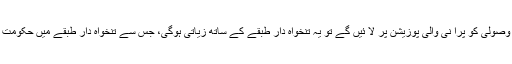
اَب اگر وزیراعظم عمران خان ٹیکس وصولی کو پرا نی والی پوزیشن پر لا ئیں گے تو یہ تنخواہ دار طبقے کے ساتھ زیاتی ہوگی، جس سے تنخواہ دار طبقے میں حکومت کا بنابنایا مورال مجروح ہوجائے گا۔